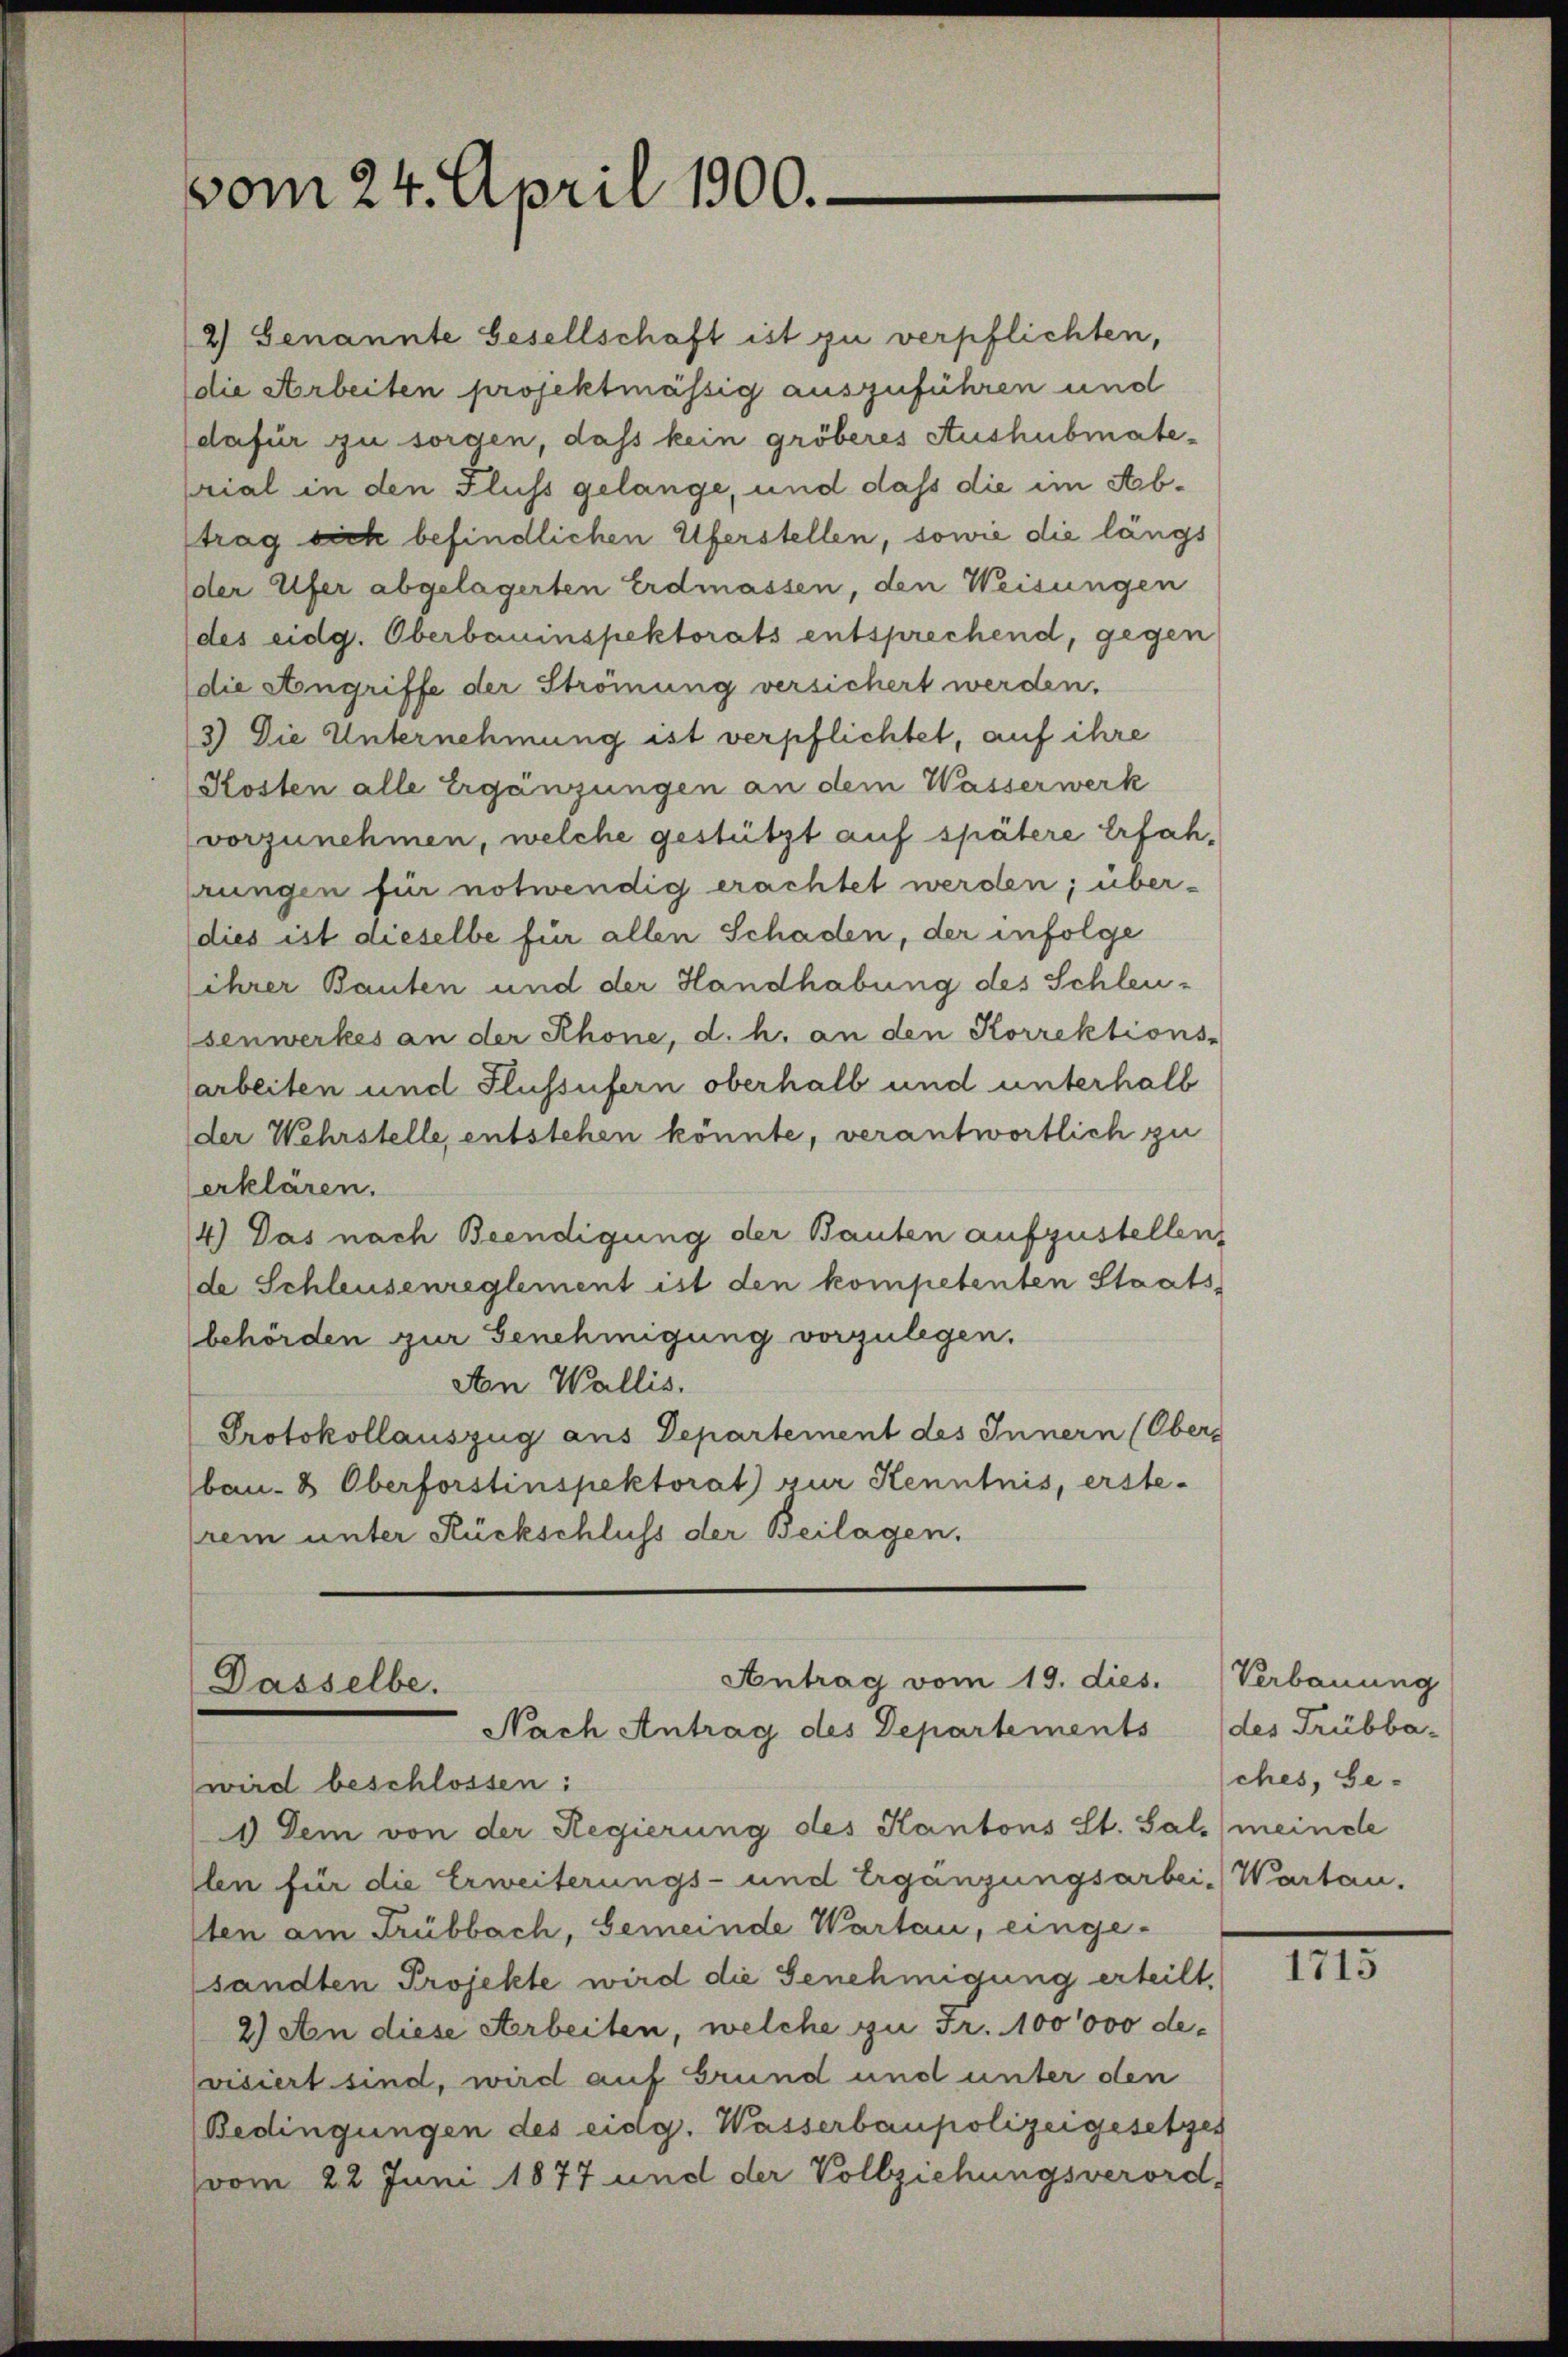
vom 24. April 1900.

2) Genannte Gesellschaft ist zu verpflichten,
die Arbeiten projektmässig auszuführen und
dafür zu sorgen, dass kein gröberes Aushubmateprial in den Fluss gelange, und dass die im Abtrag sich befindlichen Uferstellen, sowie die längs
der Ufer abgelagerten Erdmassen, den Weisungen
des eidg. Oberbauinspektorats entsprechend, gegen
(die Angriffe der Strömung versichert werden.
3) Die Unternehmung ist verpflichtet, auf ihre
Kosten alle Ergänzungen an dem Wasserwerk
vorzunehmen, welche gestützt auf spätere Erfahrungen für notwendig erachtet werden; über-
(dies ist dieselbe für allen Schaden, der infolge
lihrer Bauten und der Handhabung des Schleusenwerkes an der Rhone, d. h. an den Korrektions-
arbeiten und Flussufern oberhalb und unterhalb
der Wehrstelle, entstehen könnte, verantwortlich zu
erklären.
4.) Das nach Beendigung der Bauten aufzustellen,
de Schleusenreglement ist den kompetenten Staats-
behörden zur Genehmigung vorzulegen.
An Wallis.
Protokollauszug aus Departement des Innern (Obers
bau- & Oberforstinspektorat zur Kenntnis, erste-
rem unter Rückschluss der Beilagen.

wird beschlossen:
1) Dem von der Regierung des Kantons St. Sal. meinde
len für die Erweiterungs- und Ergänzungsarbei. Wartau-
lten am Trübbach, Gemeinde Wartau, eingesandten Projekte wird die Genehmigung erteilt,
2) An diese Arbeiten, welche zu Fr. 100000 devisiert sind, wird auf Grund und unter den
Bedingungen des eidg. Wasserbaupolizeigesetzes
vom 22 Juni 1877 und der Vollziehungsverord-

Antrag vom 19. dies.
Dasselbe.
Nach Antrag des Departements

Verbauung
(des Trübba-
ches, Ge-

1715